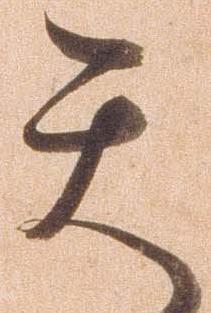
天